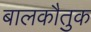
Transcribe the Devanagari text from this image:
बालकौतुक